Vaccination in Bombay 1869-1873 - 1869-1873
Year: 1869
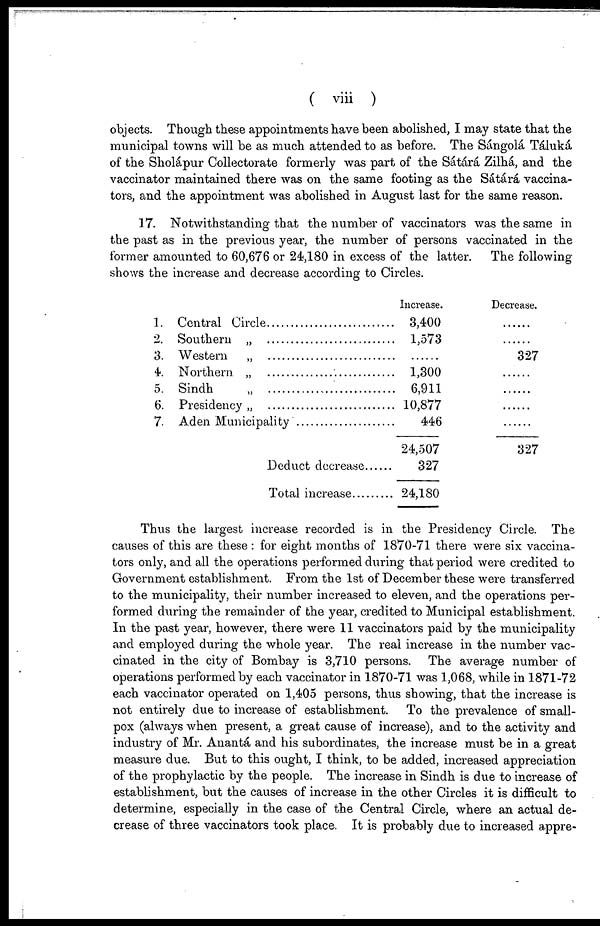
( viii )
objects. Though these appointments have been abolished, I may state that the
municipal towns will be as much attended to as before. The Sángolá Táluká
of the Sholápur Collectorate formerly was part of the Sátárá Zilhá, and the
vaccinator maintained there was on the same footing as the Sátárá vaccina-
tors, and the appointment was abolished in August last for the same reason.
17. Notwithstanding that the number of vaccinators was the same in
the past as in the previous year, the number of persons vaccinated in the
former amounted to 60,676 or 24,180 in excess of the latter.
The following
shows the increase and decrease according to Circles.
1.
2.
3.
4.
5.
6.
7.
Central Circle..............................
Southern „ ...............................
Western
„
..
..
Northern „ ...............................
Sindh
„
.
Presidency „ ...............................
Aden Municipality
Deduct decrease
Total increase..........
Increase.
3,400
1,573
......
1,300
6,911
10,877
446
24,507
327
24,180
Decrease.
......
......
327
......
......
......
......
327
Thus the largest increase recorded is in the Presidency Circle. The
causes of this are these : for eight months of 1870-71 there were six vaccina-
tors only, and all the operations performed during that period were credited to
Government establishment. From the 1st of December these were transferred
to the municipality, their number increased to eleven, and the operations per-
formed during the remainder of the year, credited to Municipal establishment.
In the past year, however, there were 11 vaccinators paid by the municipality
and employed during the whole year. The real increase in the number vac-
cinated in the city of Bombay is 3,710 persons. The average number of
operations performed by each vaccinator in 1870-71 was 1,068, while in 1871-72
each vaccinator operated on 1,405 persons, thus showing, that the increase is
not entirely due to increase of establishment. To the prevalence of small-
pox (always when present, a great cause of increase), and to the activity and
industry of Mr. Anantá and his subordinates, the increase must be in a great
measure due. But to this ought, I think, to be added, increased appreciation
of the prophylactic by the people. The increase in Sindh is due to increase of
establishment, but the causes of increase in the other Circles it is difficult to
determine, especially in the case of the Central Circle, where an actual de-
crease of three vaccinators took place. It is probably due to increased appre-